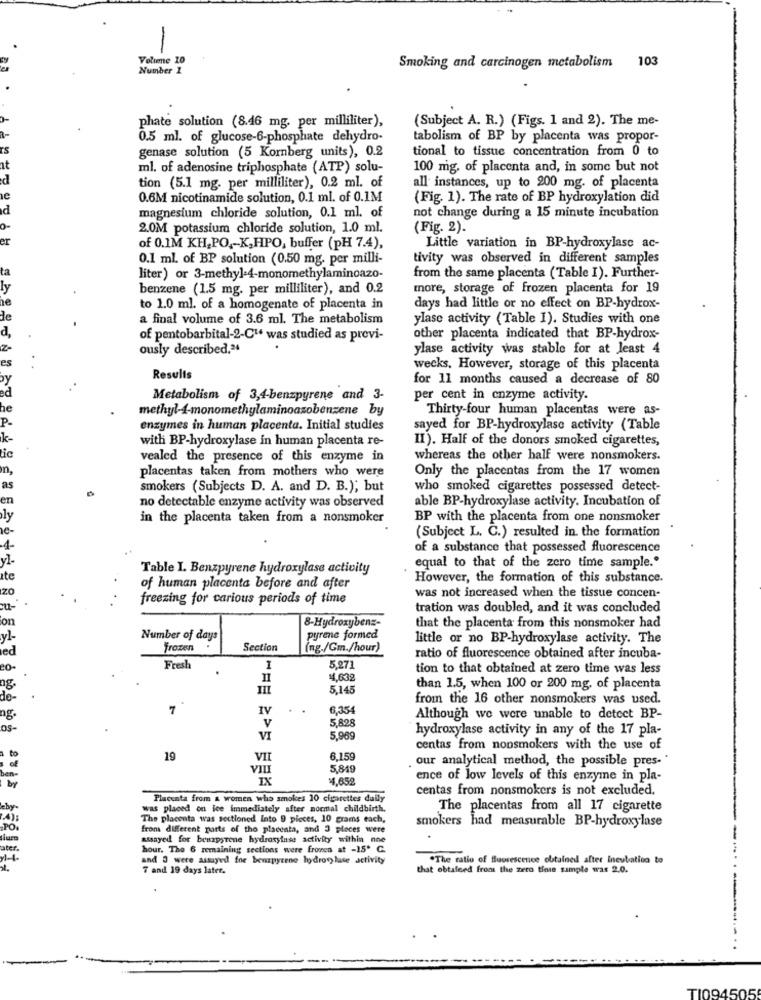
-
Voliene TO
Number 1
Smoking and carcinogen metabolism 103
phate solution (8.46 mg. per milliliter),
(Subject A. R.) (Figs. 1 and 2). The me-
0.5 ml. of glucose-6-phosphate dehydro-
tabolism of BP by placenta was propor-
tional to tissue concentration from 0 to
genase solution (5 Kornberg units), 0.2
ml, of adenosine triphosphate (ATP) solu-
100 mg. of placenta and, in some but not
tion (5.1 mg. per milliliter), 0.2 ml. of
all instances, up to 200 mg. of placenta
0.6M nicotinamide solution, 0.1 ml. of 0.1M
(Fig. 1). The rate of BP hydroxylation did
d
magnesium chloride solution, 0.1 ml. of
not change during a 15 minute incubation
2.0M potassium chloride solution, 1.0 ml.
(Fig. 2).
er
of 0.1M KH,PO ,- K,HPO, buffer (pH 7.4),
Little variation in BP-hydroxylase ac-
0.1 ml. of BP solution (0.50 mg. per milli-
tivity was observed in different samples
ta
liter) or 3-methyl:4-monomethylaminoazo-
from the same placenta (Table I). Further-
ly
benzene (1.5 mg. per milliliter), and 0.2
more, storage of frozen placenta for 19
to 1.0 ml. of a homogenate of placenta in
days had little or no effect on BP-hydrox-
de
a final volume of 3.6 ml. The metabolism
ylase activity (Table I). Studies with one
d,
of pentobarbital-2-C14 was studied as previ-
other placenta indicated that BP-hydrox-
Z-
ously described.24
ylase activity was stable for at least 4
es
wecks, However, storage of this placenta
by
Results
for 11 months caused a decrease of 80
Metabolism of 3,4-benzpyrene and 3-
per cent in enzyme activity.
he
methyl-4-monomethylaminoazobenzene by
Thirty-four human placentas were as-
enzymes in human placenta. Initial studies
sayed for BP-hydroxylase activity (Table
Ik-
II). Half of the donors smoked cigarettes,
with BP-hydroxylase in human placenta re-
lic
vealed the presence of this enzyme in
whereas the other half were nonsmokers.
n,
placentas taken from mothers who were
Only the placentas from the 17 women
as
smokers (Subjects D. A. and D. B.); but
who smoked cigarettes possessed detect-
en
able BP-hydroxylase activity. Incubation of
no detectable enzyme activity was observed
ly
in the placenta taken from a nonsmoker
BP with the placenta from one nonsmoker
e-
(Subject L. C.) resulted in. the formation
1
of a substance that possessed fluorescence
Table I. Benzpyrene hydroxylase activity
equal to that of the zero time sample."
Ite
However, the formation of this substance.
zo
of human placenta before and after
freezing for carious periods of time
was not increased when the tissue concen-
u-
tration was doubled, and it was concluded
on
8-Hydroxybenz-
that the placenta from this nonsmoker had
yl-
Number of days
pyrene formed
little or no BP-hydroxylase activity. The
ed
frozen .
Section
(ng./Gm./hour)
ratio of fluorescence obtained after incuba-
Fresh
1
5.271
tion to that obtained at zero time was less
II
¥,632
ng.
III
5.145
than 1.5, when 100 or 200 mg, of placenta
de-
from the 16 other nonsmokers was used.
7
IV
6,354
ng.
v
5,829
Although we were unable to detect BP-
os-
hydroxylase activity in any of the 17 pla-
VI
5,969
centas from nonsmokers with the use of
19
VII
6.159
our analytical method, the possible pres-"
ben-
VIII
5,849
by
IX
4.652
ence of low levels of this enzyme in pla-
centas from nonsmokers is not excluded.
Placenta from & women who smokes 10 cigarettes daily
was placed on lee immediately after normal childbirth.
The placentas from all 17 cigarette
14):
The placenta was sectioned Into 9 pieces, 10 grams each,
smokers had measurable BP-hydroxylase
from different parts of tho placenta, and 3 ploces were
atsayed for bruzpyrene hydroxylase activity within nne
nter.
hour. The 6 remaining sections were fromen at -15' C.
y1-4
and 3 were assayed for benzpyrene hydroxylase activity
.The ratio of fluorescence obtained after Incubation to
7 and 19 days later.
that obtafeed from the zero tiese sample was 2.0.
TI094505